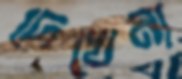
দেখেনা